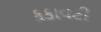
કકાવટી